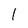
Character: 1